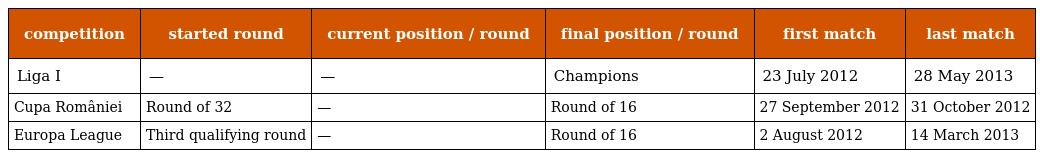
| competition | started round | current position / round | final position / round | first match | last match |
 | --- | --- | --- | --- | --- | --- |
 | Liga I | — | — | Champions | 23 July 2012 | 28 May 2013 |
 | Cupa României | Round of 32 | — | Round of 16 | 27 September 2012 | 31 October 2012 |
 | Europa League | Third qualifying round | — | Round of 16 | 2 August 2012 | 14 March 2013 |